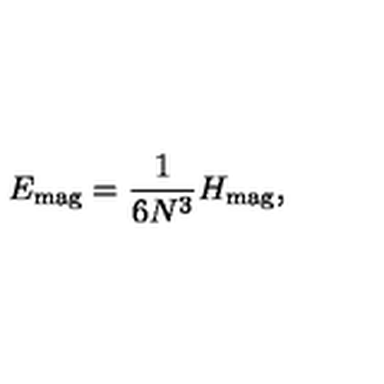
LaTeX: E _ { \mathrm { m a g } } = \frac { 1 } { 6 N ^ { 3 } } H _ { \mathrm { m a g } } ,